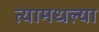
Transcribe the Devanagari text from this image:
त्यामधल्या